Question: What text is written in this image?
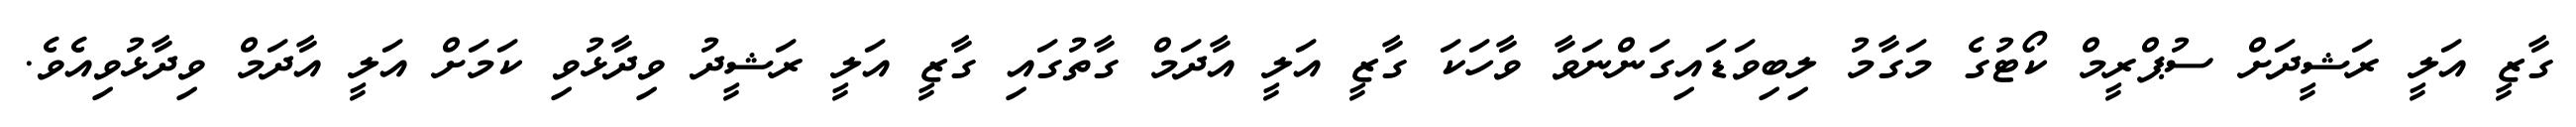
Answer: ގާޒީ އަލީ ރަޝީދަށް ސުޕްރީމް ކޯޓުގެ މަގާމު ލިބިވަޑައިގަންނަވާ ވާހަކަ ގާޒީ އަލީ އާދަމް ގާތުގައި ގާޒީ އަލީ ރަޝީދު ވިދާޅުވި ކަމަށް އަލީ އާދަމް ވިދާޅުވިއެވެ.